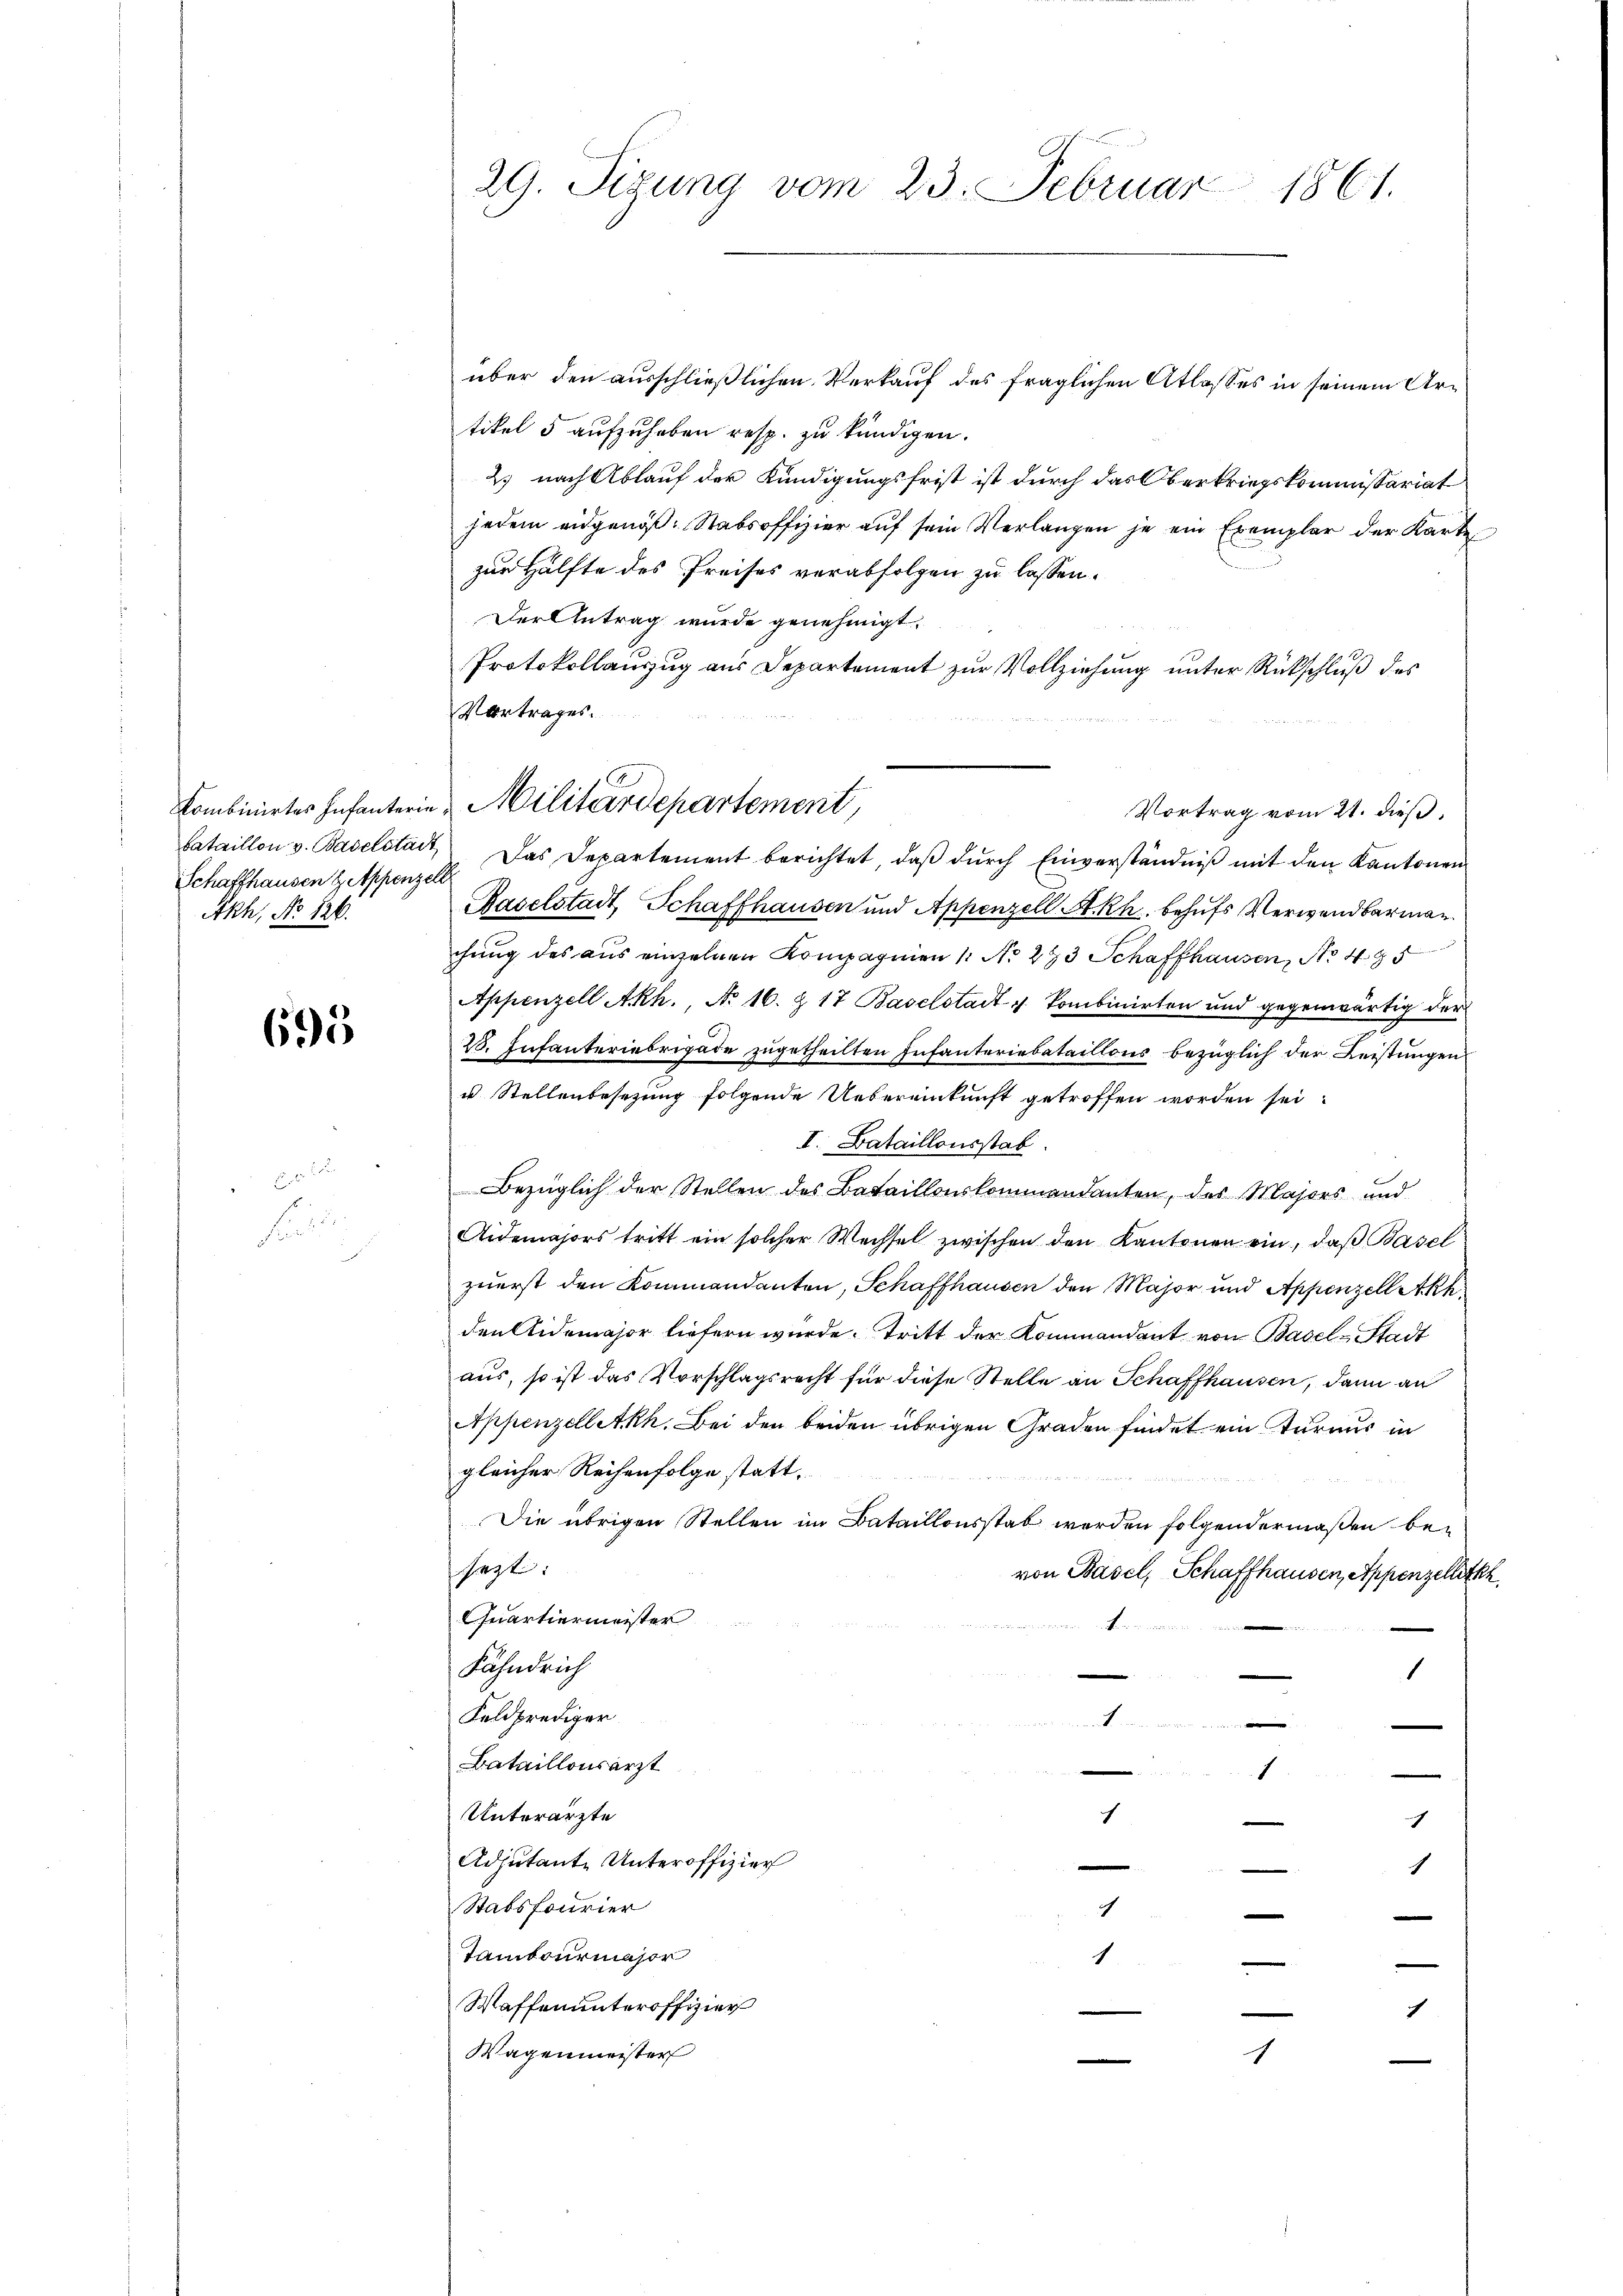
Schaffhausen Zeppenzell
Akh, No 126.

695

Fr

29. Sizung vom 23. Februar 1861.

über den ausschließlichen Verkauf des fraglichen Atlasses in seinem Artikel 5 aufzuheben resp. zu kündigen.
Es nach Ablauf der Kündigungsfrist ist durch das Oberkriegskommissariat
jedem eidgenöß- Stabsoffizier auf sein Verlangen je ein Exemplar der Karte
zur Hälfte des Preises verabfolgen zu lassen.
Der Antrag wurde genehmigt.
Protokollauszug aus Departement zur Vollziehung unter Rückschluß des
Vortrages.
Vortrag vom 21. dieß.
bataillon v. Baselstadt das Departement berichtet, daβ dŭrch Einverständniβ mit den Kantonen
Kaselstadt, Schaffhausen und Appenzell A.Rh. behufs Verwendbarmar
chung des aus einzelnen Kompagnien 1. No 293 Schaffhausen, No 495
Appenzell A.Rh., No 16. & 17 Baselstadt v. Kombinirten und gegenwärtig der
2. Infanteriebrigade zugetheilten Infanteriebataillons bezüglich der Leistungen
u. Stellenbesezung folgende Uebereinkunft getroffen worden sei.
I. Bataillonsstab.
Bezüglich der Stellen des Bataillonskommandanten, des Majors und
Aidemajors tritt ein solcher Wechsel zwischen den Kantonen ein, daß Basel
zuerst den Kommandanten, Schaffhausen den Major und Appenzell Akk
den Aidemajor liefern wurde. Tritt der Kommandant von Basel-Stadt
aus, so ist das Vorschlagsrecht für diese Stelle an Schaffhausen, dann an
Appenzelletkh. Bei den beiden übrigen Graden findet ein Turnus in
gleicher Reihenfolge statt.
Die übrigen Stellen im Bataillonsstab werden folgendermaßen be-
sezt:
von Basel, Schaffhausen, Appenzeluth.
Quartiermeister
t

Fähndrich
1
Feldprediger
1
e
Bataillonsärzt
1
Unterärzte
h
1
Adjutante Unteroffizier
1
Stabsfourier
.
7
Tambourmajor
1
.
Waffen unteroffizier
h
Wagenmeister
1

Combinirtes Infanterie Militärdepartement,